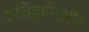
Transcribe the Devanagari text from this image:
रुचिहानिऔर